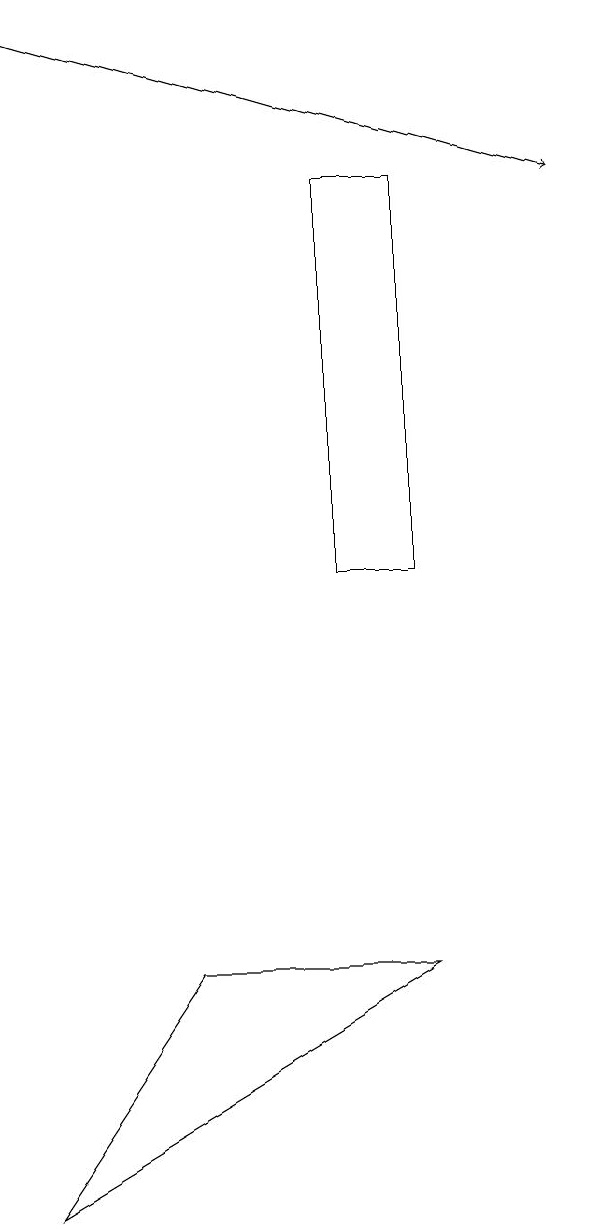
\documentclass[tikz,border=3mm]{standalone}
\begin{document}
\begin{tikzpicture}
\draw[->] (1,17) -- (8,15);
\draw (5,15) rectangle (6,10);
\draw (6,5) -- (1,2) -- (3,5) -- cycle;
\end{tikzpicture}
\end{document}